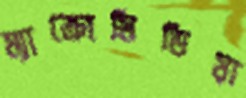
ম্যাক্রোমিডিয়া